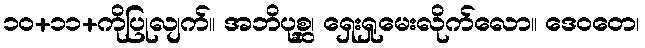
၁၀+၁၁+ကိုပြုလျက်။ အဘိပုစ္ဆ၊ ရှေးရှုမေးလိုက်လော။ ဒေဝတေ၊